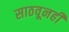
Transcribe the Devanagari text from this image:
साठवूनही